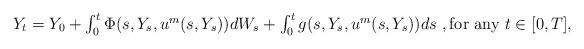
LaTeX: \begin{align*} \begin{array}{l} Y_t=Y_0+\int_0^t\Phi(s,Y_s,u^m(s,Y_s))dW_s+\int_0^t g(s,Y_s,u^m(s,Y_s))ds\ ,\textrm{for any}\ t\in [0,T], \end{array} \end{align*}